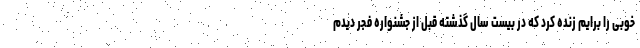
خوبی را برایم زنده کرد که در بیست سال گذشته قبل از جشنواره فجر دیدم